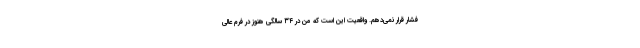
فشار قرار نمی‌دهم. واقعیت این است که من در ۳۴ سالگی هنوز در فرم عالی